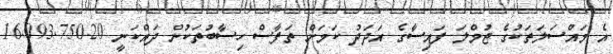
އެ މައްސަލަތަކުގެ ޖުމްލަ ފައިސާގެ އަދަދު ކަމަށް ތަފާސް ހިސާބުތަކުން ދައްކަނީ 16